Indian journal of veterinary science and animal husbandry - Volume 11,
Year: 1941
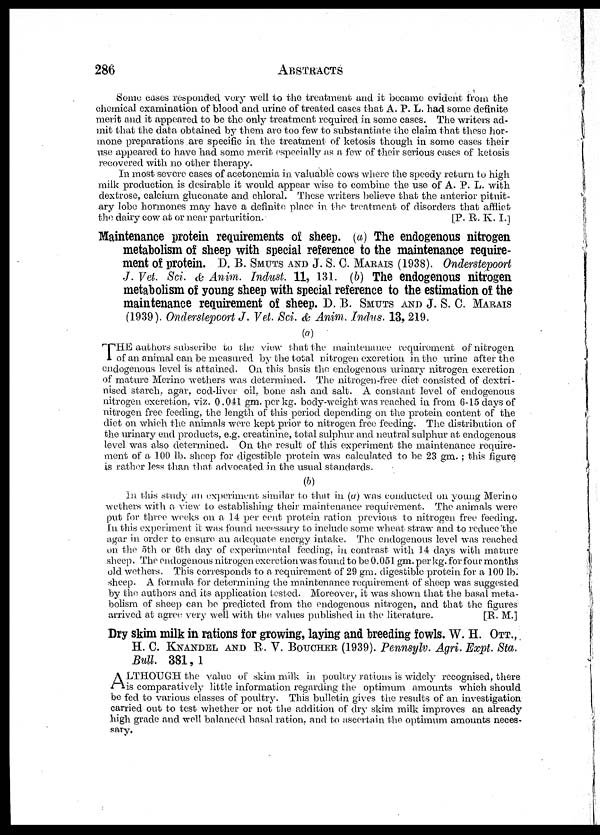
286 ABSTRACTS
Some cases responded very well to the treatment and it became evident from the
chemical examination of blood and urine of treated cases that A. P. L. had some definite
merit and. it appeared to be the only treatment required in some cases. The writers ad-
mit that the data obtained by them are too few to substantiate the claim that these hor-
mone preparations are specific in the treatment of ketosis though in some cases their
use appeared to have had some merit especially as a few of their serious cases of ketosis
recovered with no other therapy.
In most severe cases of acetonemia in valuable cows where the speedy return to high
milk production is desirable it would appear wise to combine the use of A. P. L. with
dextrose, calcium gluconate and chloral. These writers believe that the anterior pituit-
ary lobe hormones may have a definite place in the treatment of disorders that afflict
the dairy cow at or near parturition.
[P. R. K. I.]
Maintenance protein requirements of sheep. (a) The endogenous nitrogen
metabolism of sheep with special reference to the maintenance require-
ment of protein. D. B. SMUTS AND J. S. C. MARAIS (1938). Onderstepoort
J. Vet. Sci. & Anim. Indust 11, 131. (b) The endogenous nitrogen
metabolism of young sheep with special reference to the estimation of the
maintenance requirement of sheep. D. B. SMUTS AND J. S. C. MARAIS
(1939). Onderstepoort J. Vet. Sci. & Anim. Indus. 13, 219.
(a)
THE authors subscribe to the view that the maintenance requirement of nitrogen
of an animal can be measured by the total nitrogen excretion in the urine after the
endogenous level is attained. On this basis the endogenous urinary nitrogen excretion
of mature Merino wethers was determined. The nitrogen-free diet consisted of dextri¬
nised starch, agar, cod-liver oil, bone ash and salt. A constant level of endogenous
nitrogen excretion, viz. 0.041 gm. per kg. body-weight was reached in from 6-15 days of
nitrogen free feeding, the length of this period depending on the protein content of the
diet on which the animals were kept prior to nitrogen free feeding. The distribution of
the urinary end products, e.g. creatinine, total sulphur and neutral sulphur at endogenous
level was also determined. On the result of this experiment the maintenance require-
ment of a 100 lb. sheep for digestible protein was calculated to be 23 gm. ; this figure
is rather less than that advocated in the usual standards.
(b)
In this study an experiment similar to that in (a) was conducted on young Merino
wethers with a view to establishing their maintenance requirement. The animals were
put for three weeks on a 14 per cent protein ration previous to nitrogen free feeding.
In this experiment it was found necessary to include some wheat straw and to reduce the
agar in order to ensure an adequate energy intake. The endogenous level was reached
on the 5th or 6th day of experimental feeding, in contrast with 14 days with mature
sheep. The endogenous nitrogen excretion was found to be 0.051 gm. per kg. for four months
old wethers. This corresponds to a requirement of 29 gm. digestible protein for a 100 lb.
sheep. A formula for determining the maintenance requirement of sheep was suggested
by the authors and its application tested. Moreover, it was shown that the basal meta-
bolism of sheep can be predicted from the endogenous nitrogen, and that the figures
arrived at agree very well with the values published in the literature.
[R. M.]
Dry skim milk in rations for growing, laying and breeding fowls. W. H. OTT.,
H. C. KNANDEL AND R. V. BOUCHER (1939). Pennsylv. Agri. Expt. Sta.
Bull. 381, 1
A LTHOUGH the value of skim milk in. poultry rations is widely recognised, there
is comparatively little information regarding the optimum amounts which should
be fed to various classes of poultry. This bulletin gives the results of an investigation
carried out to test whether or not the addition of dry skim milk improves an already
high grade and well balanced basal ration, and to ascertain the optimum amounts neces-
sary.